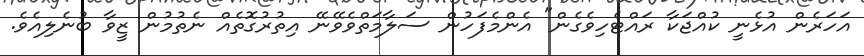
އަހަރެން އުޅެނީ ކުއްޖަކާ ރައްޓެހިވެގެން" އެންމެފަހުން ސަލާމަތްވެވޭނޭ އިތުރުގޮތެއް ނެތުމުން ޒީވާ ބުނެލިއެވެ.